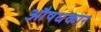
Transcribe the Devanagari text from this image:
औषधकार